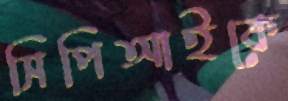
সিপিআইকে